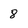
Character: 8